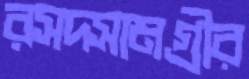
রসদসামগ্রীর